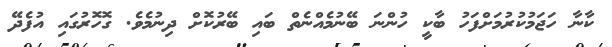
ކާނާ ހަޖަމުކުރުމަށްފަހު ބާކީ ހުންނަ ބޭނުމެއްނެތް ބައި ބޭރުކޮށް ދިނުމެވެ. ގޮހޮރުގައި އުފެދޭ